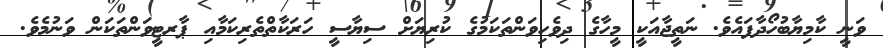
ވަނީ ކާމިޔާބުހޯދާފައެވެ. ނަތީޖާއަކީ މީހާގެ ދިވެހިވަންތަކަމުގެ ކުރިޔަށް ސިޔާސީ ހަރަކާތްތެރިކަމާއި ޕާރޓީވަންތަކަން ވަނުމެވެ.